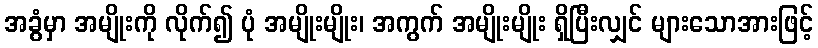
အခွံမှာ အမျိုးကို လိုက်၍ ပုံ အမျိုးမျိုး၊ အကွက် အမျိုးမျိုး ရှိပြီးလျှင် များသောအားဖြင့်